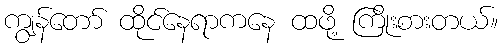
ကျွန်တော် ထိုင်နေရာကနေ ထဖို့ ကြိုးစားတယ်။